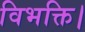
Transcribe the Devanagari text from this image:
विभक्ति।